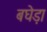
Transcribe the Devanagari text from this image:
बघेड़ा